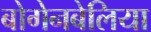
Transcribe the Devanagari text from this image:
बोगेनबेलिया